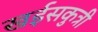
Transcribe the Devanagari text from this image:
खईसकुत्री